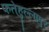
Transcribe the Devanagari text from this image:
फतेहुल्लापुर